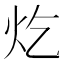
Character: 𪸏